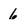
Character: 6